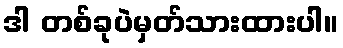
ဒါ တစ်ခုပဲမှတ်သားထားပါ။